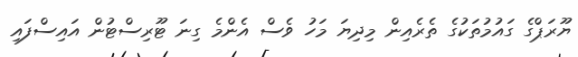
ޔޫރަޕްގެ ގައުމުތަކުގެ ތެރެއިން މިދިޔަ މަހު ވެސް އެންމެ ގިނަ ޓޫރިސްޓުން އައިސްފައި